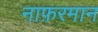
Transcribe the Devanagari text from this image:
नाफ़रमान